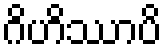
ဂိဟိဿာပိ